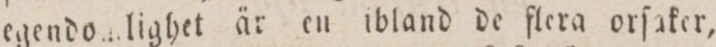
egendomlighet är en ibland de flera orſaker,